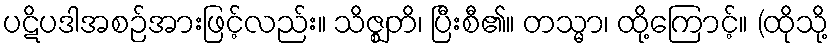
ပဋိပဒါအစဉ်အားဖြင့်လည်း။ သိဇ္ဈတိ၊ ပြီးစီ၏။ တသ္မာ၊ ထို့ကြောင့်။ (ထိုသို့